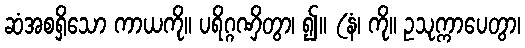
ဆံအစရှိသော ကာယကို။ ပရိဂ္ဂဏှိတွာ၊ ၍။ (နံ၊ ကို။ ဥသုက္ကာပေတွာ၊